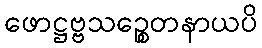
ဖောဋ္ဌဗ္ဗသဉ္စေတနာယပိ